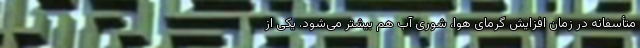
متأسفانه در زمان افزایش گرمای هوا، شوری آب هم بیشتر می‌شود. یکی از